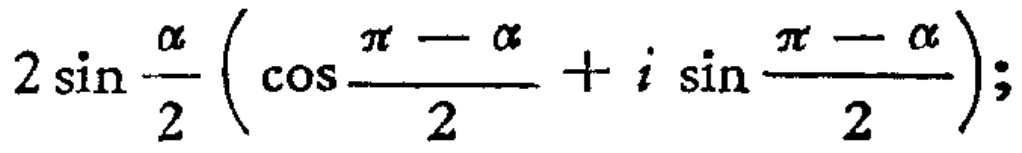
$2\sin \frac{\alpha}{2}\left(\cos \frac{\pi - \alpha}{2}+i\sin \frac{\pi - \alpha}{2}\right);$